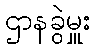
ဌာနခွဲမှူး